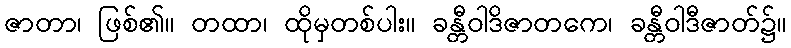
ဇာတာ၊ ဖြစ်၏။ တထာ၊ ထိုမှတစ်ပါး။ ခန္တီဝါဒိဇာတကေ၊ ခန္တီဝါဒီဇာတ်၌။